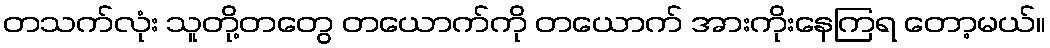
တသက်လုံး သူတို့တတွေ တယောက်ကို တယောက် အားကိုးနေကြရ တော့မယ်။